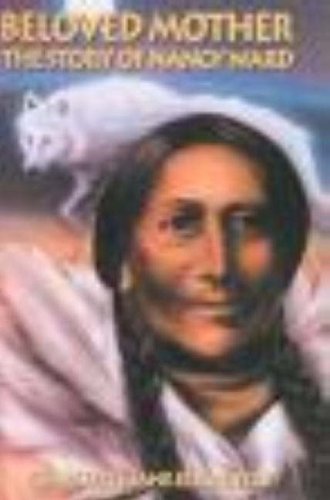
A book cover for Beloved Mother: The Story of Nancy Ward; Charlotte Jane Ellington; Teen & Young Adult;